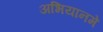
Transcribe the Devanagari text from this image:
अभियानमें